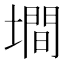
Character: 墹